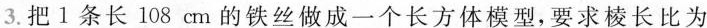
3.把 1 条长 108 cm 的铁丝做成一个长方体模型，要求棱长比为